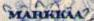
MARKKAA